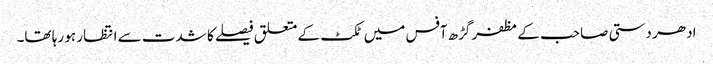
ادھر دستی صاحب کے مظفر گڑھ آفس میں ٹکٹ کے متعلق فیصلے کا شدت سے انتظار ہو رہا تھا۔